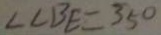
\angle C B E = 3 5 ^ { \circ }